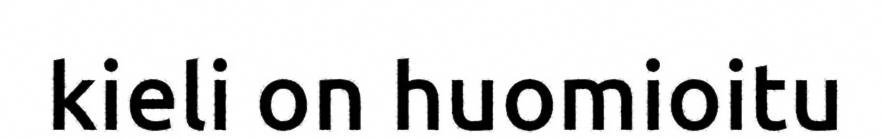
kieli on huomioitu